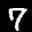
Label: 7